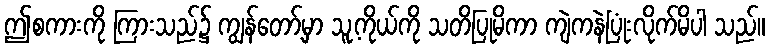
ဤစကားကို ကြားသည်၌ ကျွန်တော့်မှာ သူ့ကိုယ်ကို သတိပြုမိကာ ကျဲကနဲပြုံးလိုက်မိပါ သည်။